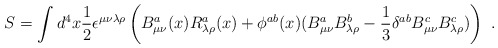
\begin{align*}S = \int d^4x \frac{1}{2} \epsilon^{\mu\nu\lambda\rho}\left( B^a_{\mu\nu}(x)R^a_{\lambda\rho}(x) +\phi^{ab}(x)(B^a_{\mu\nu}B^b_{\lambda\rho} -\frac{1}{3}\delta^{ab}B^c_{\mu\nu}B^c_{\lambda\rho})\right)\ .\end{align*}